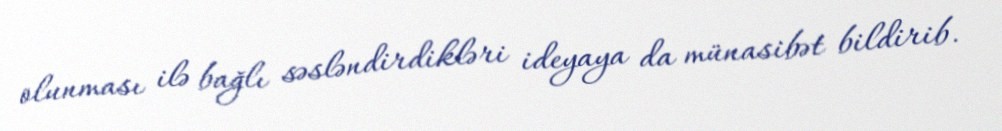
olunması ilə bağlı səsləndirdikləri ideyaya da münasibət bildirib.